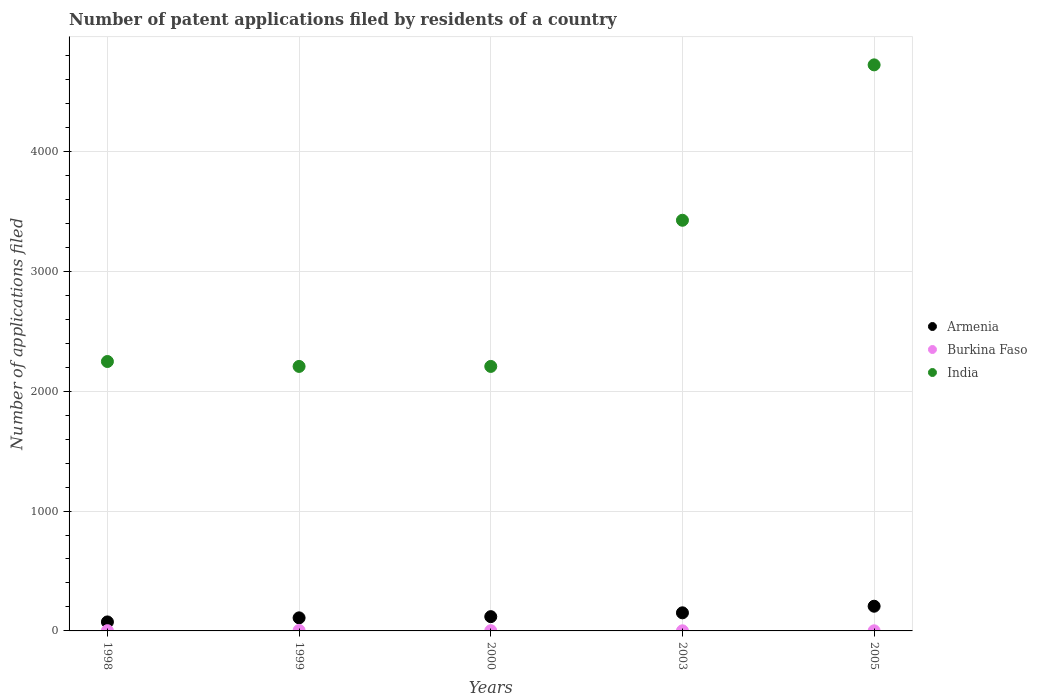
| Years | Armenia | Burkina Faso | India |
 | --- | --- | --- | --- |
 | 1998 | 75 | 2 | 2.25e+03 |
 | 1999 | 109 | 4 | 2.21e+03 |
 | 2000 | 119 | 2 | 2.21e+03 |
 | 2003 | 151 | 1 | 3.42e+03 |
 | 2005 | 206 | 1 | 4.72e+03 |